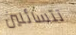
تتسائلين